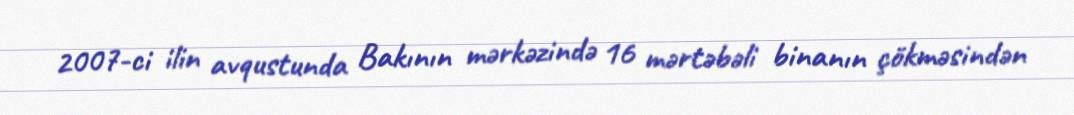
2007-ci ilin avqustunda Bakının mərkəzində 16 mərtəbəli binanın çökməsindən